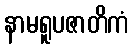
နာမရူပဇာတိကံ